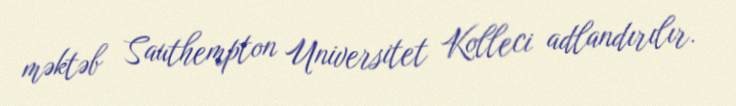
məktəb Sauthempton Universitet Kolleci adlandırılır.